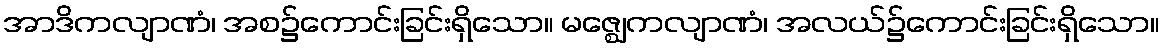
အာဒိကလျာဏံ၊ အစ၌ကောင်းခြင်းရှိသော။ မဇ္ဈေကလျာဏံ၊ အလယ်၌ကောင်းခြင်းရှိသော။